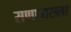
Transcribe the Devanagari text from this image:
सणावाराला